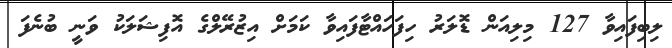
ލިބިފައިވާ 127 މިލިއަން ޑޮލަރު ހިފަހައްޓާފައިވާ ކަމަށް އިޒުރޭލްގެ އޮފިޝަލަކު ވަނީ ބުނެފަ